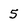
Character: 5